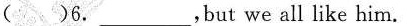
( )6._,but we all like him.